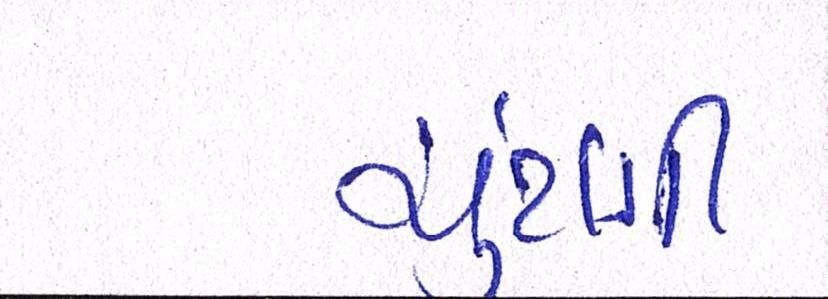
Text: ચુંટણી